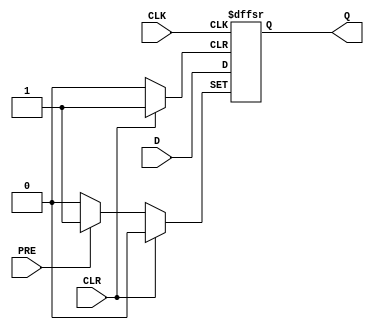
module DFF_ASYNC_PRESET (
    input D,
    input CLK,
    input PRE,
    input CLR,
    output reg Q
);

always @(posedge CLK or posedge PRE or posedge CLR) begin
    if (PRE) begin
        Q <= 1'b1;  // Set to predefined state asynchronously
    end else if (CLR) begin
        Q <= 1'b0;  // Reset to predefined state asynchronously
    end else begin
        Q <= D;     // Store the value of D input on rising edge of clock signal
    end
end

endmodule